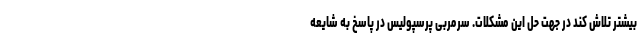
بیشتر تلاش کند در جهت حل این مشکلات. سرمربی پرسپولیس در پاسخ به شایعه